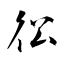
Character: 彸